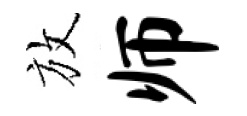
放师